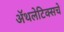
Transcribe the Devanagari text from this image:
अॅथलेटिक्सचे